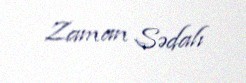
Zaman Sədalı